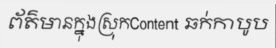
ព័ត៌មានក្នុងស្រុកContent ឆក់កាបូប